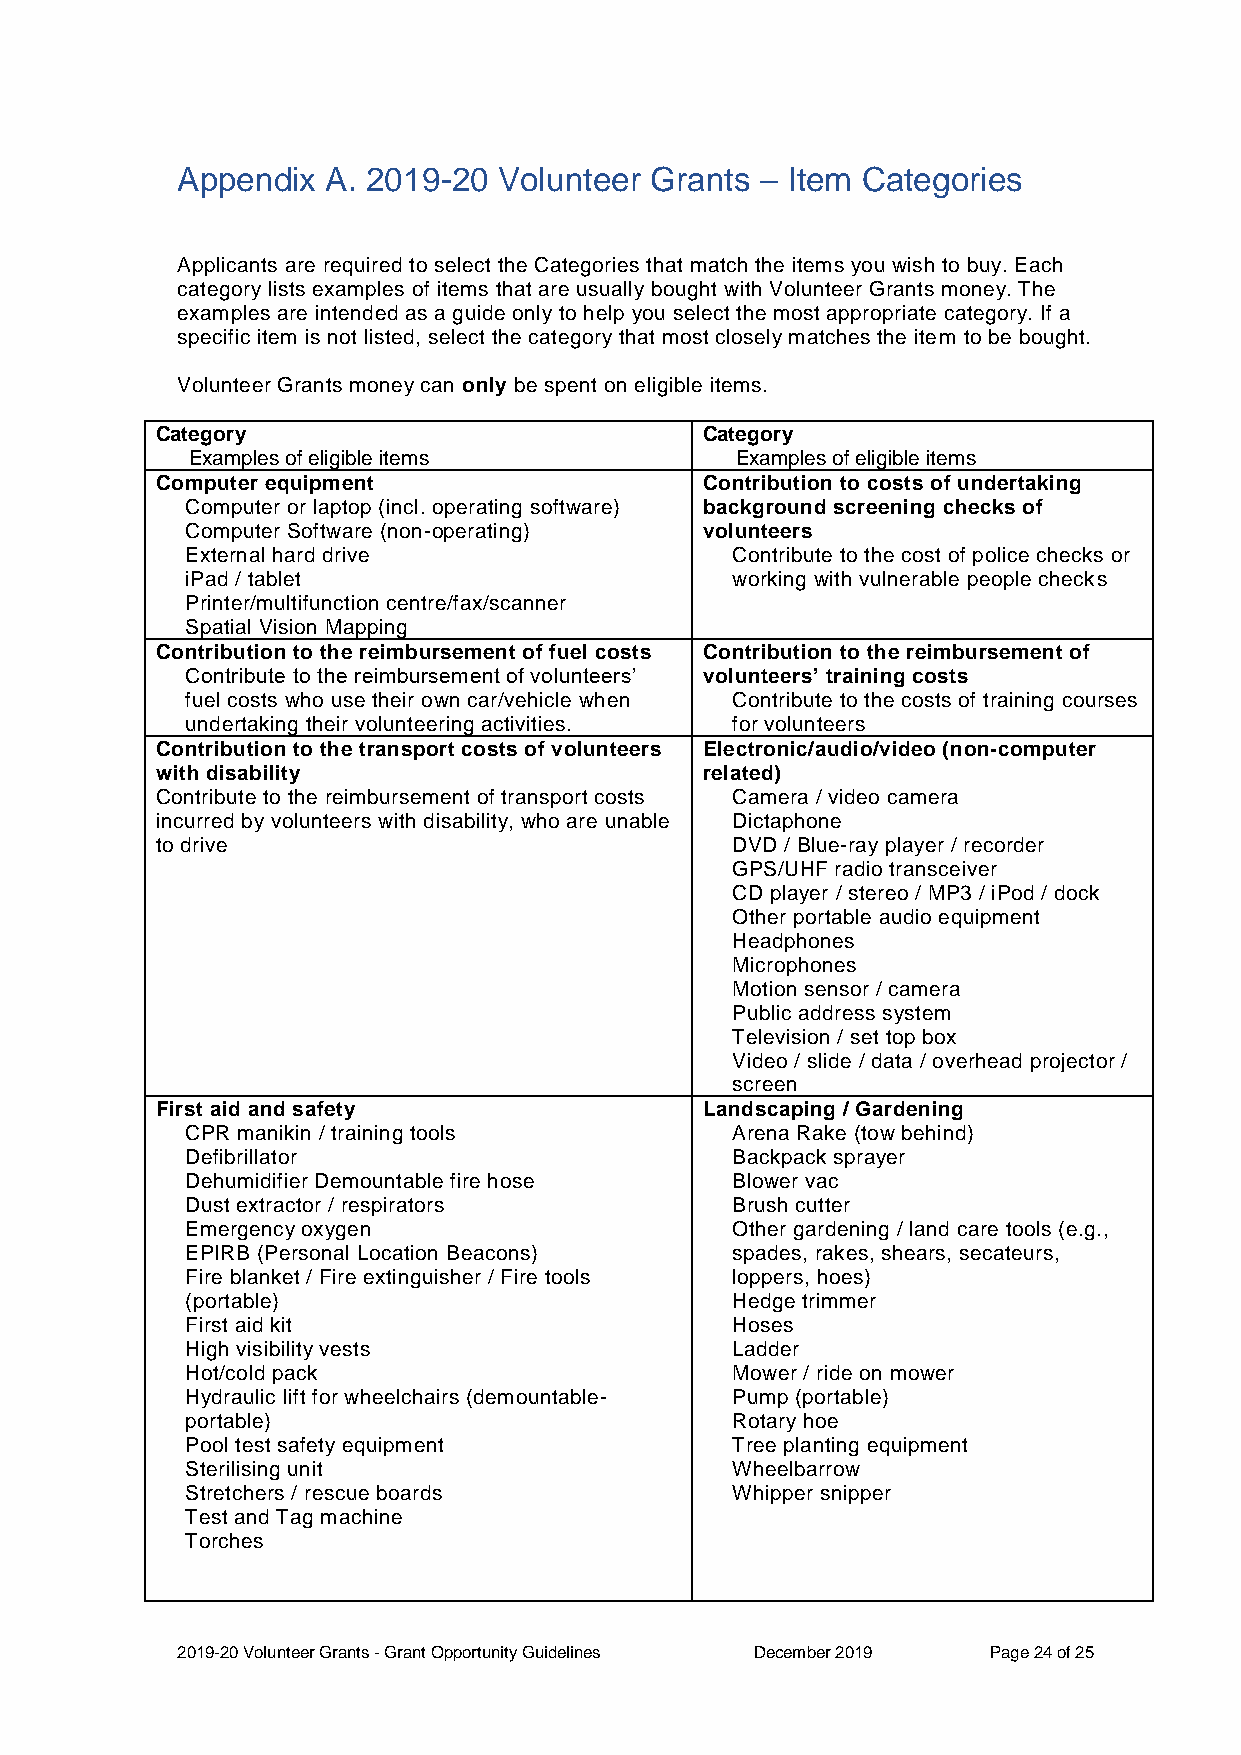
Appendix  A. 2019-20 Volunteer Grants – Item Categories
 Applicants are required to select the Categories that match the items you wish to buy. Each
 category lists examples of items that are usually bought with Volunteer Grants money. The
 examples are intended as a guide only to help you select the most appropriate category. If a
 specific item is not listed, select the category that most closely matches the item to be bought.
 Volunteer Grants money can only be spent on eligible items.
 Category                             Category
 Examples of eligible items           Examples of eligible items
 Computer equipment                   Contribution to costs of undertaking
 Computer or laptop (incl. operating software) background screening checks of
 Computer Software (non-operating)  volunteers
 External hard drive                 Contribute to the cost of police checks or
 iPad / tablet                       working with vulnerable people checks
 Printer/multifunction centre/fax/scanner
 Spatial Vision Mapping
 Contribution to the reimbursement of fuel costs Contribution to the reimbursement of
 Contribute to the reimbursement of volunteers’ volunteers’ training costs
 fuel costs who use their own car/vehicle when Contribute to the costs of training courses
 undertaking their volunteering activities. for volunteers
 Contribution to the transport costs of volunteers Electronic/audio/video (non-computer
 with disability                      related)
 Contribute to the reimbursement of transport costs Camera / video camera
 incurred by volunteers with disability, who are unable Dictaphone
 to drive                              DVD / Blue-ray player / recorder
 GPS/UHF radio transceiver
 CD player / stereo / MP3 / iPod / dock
 Other portable audio equipment
 Headphones
 Microphones
 Motion sensor / camera
 Public address system
 Television / set top box
 Video / slide / data / overhead projector /
 screen
 First aid and safety                 Landscaping / Gardening
 CPR manikin / training tools        Arena Rake (tow behind)
 Defibrillator                       Backpack sprayer
 Dehumidifier Demountable fire hose  Blower vac
 Dust extractor / respirators        Brush cutter
 Emergency oxygen                    Other gardening / land care tools (e.g.,
 EPIRB (Personal Location Beacons)   spades, rakes, shears, secateurs,
 Fire blanket / Fire extinguisher / Fire tools loppers, hoes)
 (portable)                          Hedge trimmer
 First aid kit                       Hoses
 High visibility vests               Ladder
 Hot/cold pack                       Mower / ride on mower
 Hydraulic lift for wheelchairs (demountable- Pump (portable)
 portable)                           Rotary hoe
 Pool test safety equipment          Tree planting equipment
 Sterilising unit                    Wheelbarrow
 Stretchers / rescue boards          Whipper snipper
 Test and Tag machine
 Torches
 2019-20 Volunteer Grants - Grant Opportunity Guidelines December 2019 Page 24 of 25